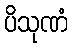
ပိသုဏံ